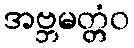
အဗ္ဘမတ္တံဝ